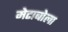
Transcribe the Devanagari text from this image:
मेटाबोला